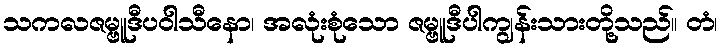
သကလဇမ္ဗူဒီပဝါသီနော၊ အလုံးစုံသော ဇမ္ဗူဒီပါကျွန်းသားတို့သည်။ တံ၊